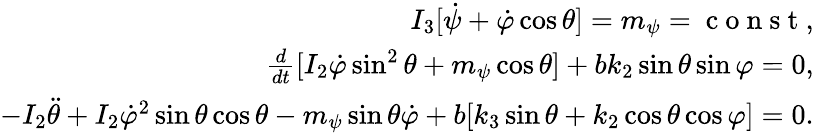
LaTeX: \begin{array}{r}{I_{3}[\dot{\psi}+\dot{\varphi}\cos\theta]=m_{\psi}=\mathrm{~c~o~n~s~t~},}\\ {\frac{d}{dt}[I_{2}\dot{\varphi}\sin^{2}\theta+m_{\psi}\cos\theta]+bk_{2}\sin\theta\sin\varphi=0,}\\ {-I_{2}\ddot{\theta}+I_{2}\dot{\varphi}^{2}\sin\theta\cos\theta-m_{\psi}\sin\theta\dot{\varphi}+b[k_{3}\sin\theta+k_{2}\cos\theta\cos\varphi]=0.}\end{array}